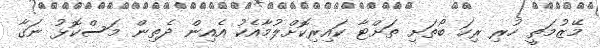
މޭޒުމަތީ ހުރި ރިހަ ބޯތަށި ތަށްޓާ ކައިރިކޮށްލުމާއެކު އެއިން ދެތިން މަސްކޮޅު ނަގާ